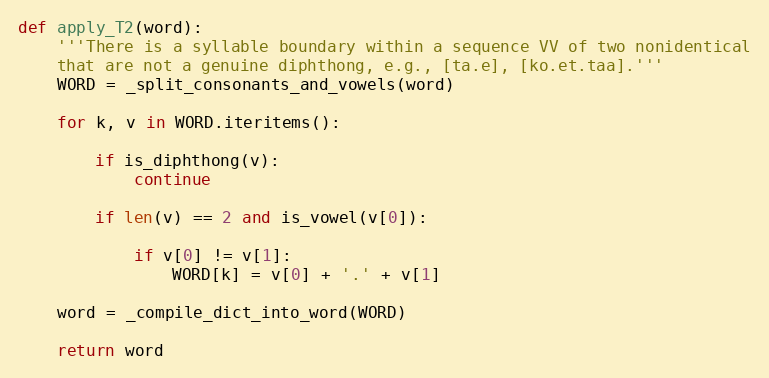
Language: Python
def apply_T2(word):
    '''There is a syllable boundary within a sequence VV of two nonidentical
    that are not a genuine diphthong, e.g., [ta.e], [ko.et.taa].'''
    WORD = _split_consonants_and_vowels(word)

    for k, v in WORD.iteritems():

        if is_diphthong(v):
            continue

        if len(v) == 2 and is_vowel(v[0]):

            if v[0] != v[1]:
                WORD[k] = v[0] + '.' + v[1]

    word = _compile_dict_into_word(WORD)

    return word